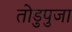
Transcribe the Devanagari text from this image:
तोडुपुजा